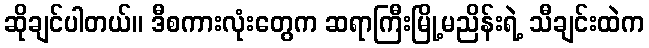
ဆိုချင်ပါတယ်။ ဒီစကားလုံးတွေက ဆရာကြီးမြို့မညိန်းရဲ့ သီချင်းထဲက